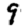
Digit: 9